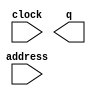
// megafunction wizard: %ROM: 1-PORT%VBB%
// GENERATION: STANDARD
// VERSION: WM1.0
// MODULE: altsyncram 

// ============================================================
// Megafunction Name(s):
// 			altsyncram
//
// Simulation Library Files(s):
// 			altera_mf
// ============================================================
// ************************************************************
// THIS IS A WIZARD-GENERATED FILE. DO NOT EDIT THIS FILE!
//
// 20.1.0 Build 711 06/05/2020 SJ Lite Edition
// ************************************************************

//Copyright (C) 2020  Intel Corporation. All rights reserved.
//Your use of Intel Corporation's design tools, logic functions 
//and other software and tools, and any partner logic 
//functions, and any output files from any of the foregoing 
//(including device programming or simulation files), and any 
//associated documentation or information are expressly subject 
//to the terms and conditions of the Intel Program License 
//Subscription Agreement, the Intel Quartus Prime License Agreement,
//the Intel FPGA IP License Agreement, or other applicable license
//agreement, including, without limitation, that your use is for
//the sole purpose of programming logic devices manufactured by
//Intel and sold by Intel or its authorized distributors.  Please
//refer to the applicable agreement for further details, at
//https://fpgasoftware.intel.com/eula.

module Rom (
	address,
	clock,
	q);

	input	[2:0]  address;
	input	  clock;
	output	[15:0]  q;
`ifndef ALTERA_RESERVED_QIS
// synopsys translate_off
`endif
	tri1	  clock;
`ifndef ALTERA_RESERVED_QIS
// synopsys translate_on
`endif

endmodule

// ============================================================
// CNX file retrieval info
// ============================================================
// Retrieval info: PRIVATE: ADDRESSSTALL_A NUMERIC "0"
// Retrieval info: PRIVATE: AclrAddr NUMERIC "0"
// Retrieval info: PRIVATE: AclrByte NUMERIC "0"
// Retrieval info: PRIVATE: AclrOutput NUMERIC "0"
// Retrieval info: PRIVATE: BYTE_ENABLE NUMERIC "0"
// Retrieval info: PRIVATE: BYTE_SIZE NUMERIC "8"
// Retrieval info: PRIVATE: BlankMemory NUMERIC "0"
// Retrieval info: PRIVATE: CLOCK_ENABLE_INPUT_A NUMERIC "0"
// Retrieval info: PRIVATE: CLOCK_ENABLE_OUTPUT_A NUMERIC "0"
// Retrieval info: PRIVATE: Clken NUMERIC "0"
// Retrieval info: PRIVATE: IMPLEMENT_IN_LES NUMERIC "0"
// Retrieval info: PRIVATE: INIT_FILE_LAYOUT STRING "PORT_A"
// Retrieval info: PRIVATE: INIT_TO_SIM_X NUMERIC "0"
// Retrieval info: PRIVATE: INTENDED_DEVICE_FAMILY STRING "Cyclone IV E"
// Retrieval info: PRIVATE: JTAG_ENABLED NUMERIC "0"
// Retrieval info: PRIVATE: JTAG_ID STRING "NONE"
// Retrieval info: PRIVATE: MAXIMUM_DEPTH NUMERIC "0"
// Retrieval info: PRIVATE: MIFfilename STRING "File.mif"
// Retrieval info: PRIVATE: NUMWORDS_A NUMERIC "8"
// Retrieval info: PRIVATE: RAM_BLOCK_TYPE NUMERIC "0"
// Retrieval info: PRIVATE: RegAddr NUMERIC "1"
// Retrieval info: PRIVATE: RegOutput NUMERIC "0"
// Retrieval info: PRIVATE: SYNTH_WRAPPER_GEN_POSTFIX STRING "0"
// Retrieval info: PRIVATE: SingleClock NUMERIC "1"
// Retrieval info: PRIVATE: UseDQRAM NUMERIC "0"
// Retrieval info: PRIVATE: WidthAddr NUMERIC "3"
// Retrieval info: PRIVATE: WidthData NUMERIC "16"
// Retrieval info: PRIVATE: rden NUMERIC "0"
// Retrieval info: LIBRARY: altera_mf altera_mf.altera_mf_components.all
// Retrieval info: CONSTANT: ADDRESS_ACLR_A STRING "NONE"
// Retrieval info: CONSTANT: CLOCK_ENABLE_INPUT_A STRING "BYPASS"
// Retrieval info: CONSTANT: CLOCK_ENABLE_OUTPUT_A STRING "BYPASS"
// Retrieval info: CONSTANT: INIT_FILE STRING "File.mif"
// Retrieval info: CONSTANT: INTENDED_DEVICE_FAMILY STRING "Cyclone IV E"
// Retrieval info: CONSTANT: LPM_HINT STRING "ENABLE_RUNTIME_MOD=NO"
// Retrieval info: CONSTANT: LPM_TYPE STRING "altsyncram"
// Retrieval info: CONSTANT: NUMWORDS_A NUMERIC "8"
// Retrieval info: CONSTANT: OPERATION_MODE STRING "ROM"
// Retrieval info: CONSTANT: OUTDATA_ACLR_A STRING "NONE"
// Retrieval info: CONSTANT: OUTDATA_REG_A STRING "UNREGISTERED"
// Retrieval info: CONSTANT: WIDTHAD_A NUMERIC "3"
// Retrieval info: CONSTANT: WIDTH_A NUMERIC "16"
// Retrieval info: CONSTANT: WIDTH_BYTEENA_A NUMERIC "1"
// Retrieval info: USED_PORT: address 0 0 3 0 INPUT NODEFVAL "address[2..0]"
// Retrieval info: USED_PORT: clock 0 0 0 0 INPUT VCC "clock"
// Retrieval info: USED_PORT: q 0 0 16 0 OUTPUT NODEFVAL "q[15..0]"
// Retrieval info: CONNECT: @address_a 0 0 3 0 address 0 0 3 0
// Retrieval info: CONNECT: @clock0 0 0 0 0 clock 0 0 0 0
// Retrieval info: CONNECT: q 0 0 16 0 @q_a 0 0 16 0
// Retrieval info: GEN_FILE: TYPE_NORMAL Rom.v TRUE
// Retrieval info: GEN_FILE: TYPE_NORMAL Rom.inc TRUE
// Retrieval info: GEN_FILE: TYPE_NORMAL Rom.cmp TRUE
// Retrieval info: GEN_FILE: TYPE_NORMAL Rom.bsf TRUE
// Retrieval info: GEN_FILE: TYPE_NORMAL Rom_inst.v TRUE
// Retrieval info: GEN_FILE: TYPE_NORMAL Rom_bb.v TRUE
// Retrieval info: LIB_FILE: altera_mf